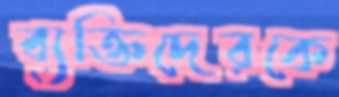
ব্যক্তিদেরকে